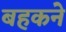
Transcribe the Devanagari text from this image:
बहकने